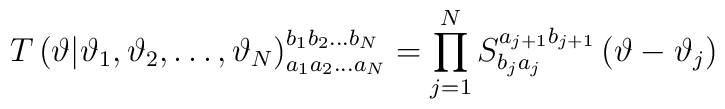
T\left( \vartheta |\vartheta_{1},\vartheta_{2},\ldots ,\vartheta_{N}\right) ^{b_{1}b_{2}\ldots b_{N}}_{a_{1}a_{2}\ldots a_{N}}=\prod^{N}_{j=1}S^{a_{j+1}b_{j+1}}_{b_{j}a_{j}}\left( \vartheta -\vartheta_{j}\right)